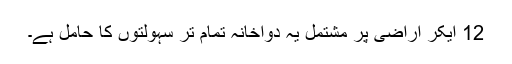
12 ایکر اراضی پر مشتمل یہ دواخانہ تمام تر سہولتوں کا حامل ہے۔